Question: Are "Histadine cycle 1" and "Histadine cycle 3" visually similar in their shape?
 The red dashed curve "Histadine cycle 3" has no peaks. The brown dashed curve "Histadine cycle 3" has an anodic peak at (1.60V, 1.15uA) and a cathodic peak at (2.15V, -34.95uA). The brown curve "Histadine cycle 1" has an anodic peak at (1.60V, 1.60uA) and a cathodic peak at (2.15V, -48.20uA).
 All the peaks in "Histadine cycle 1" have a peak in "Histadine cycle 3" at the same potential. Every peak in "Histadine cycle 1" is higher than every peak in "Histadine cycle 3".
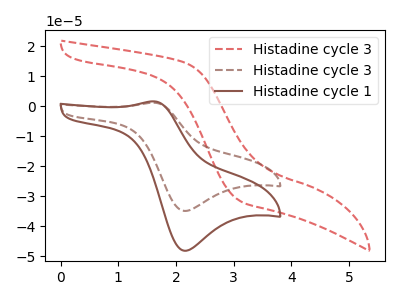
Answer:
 <answer>"Histadine cycle 1" and "Histadine cycle 3" are similar in shape.</answer>
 <eval>same_shape</eval>